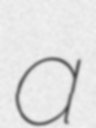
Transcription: a